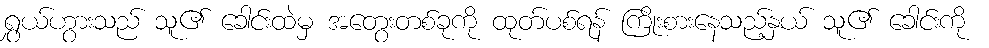
ရွှယ်ဟွားသည် သူ၏ ခေါင်းထဲမှ အတွေးတစ်ခုကို ထုတ်ပစ်ရန် ကြိုးစားနေသည့်နှယ် သူ၏ ခေါင်းကို